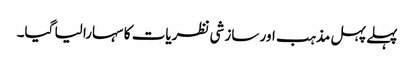
پہلے پہل مذہب اور سازشی نظریات کا سہارا لیا گیا۔